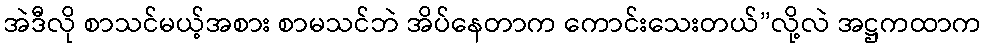
အဲဒီလို စာသင်မယ့်အစား စာမသင်ဘဲ အိပ်နေတာက ကောင်းသေးတယ်”လို့လဲ အဋ္ဌကထာက